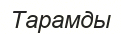
Тарамды